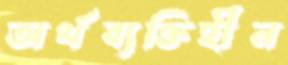
অর্থব্যক্তিহীন